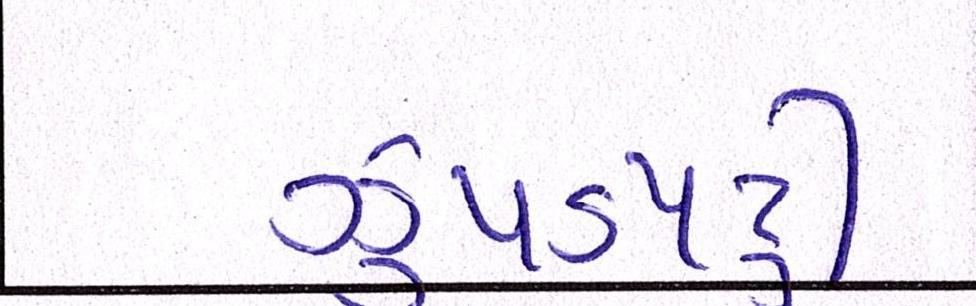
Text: ઝુપડપટ્ટી